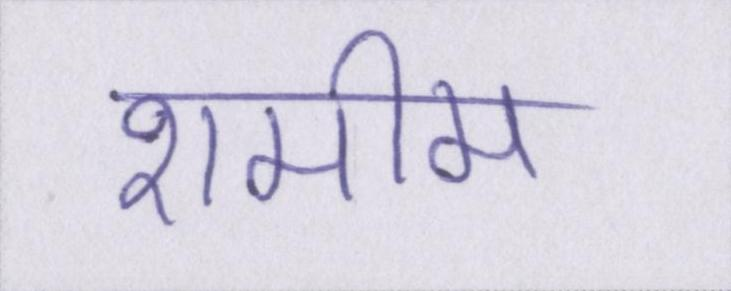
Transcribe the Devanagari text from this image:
शमीम